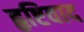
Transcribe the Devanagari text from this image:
हृष्टिवाद